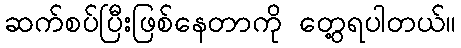
ဆက်စပ်ပြီးဖြစ်နေတာကို တွေ့ရပါတယ်။